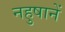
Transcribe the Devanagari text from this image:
नहुषानें